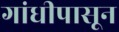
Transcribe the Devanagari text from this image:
गांधीपासून